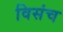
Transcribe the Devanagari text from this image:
विसंच